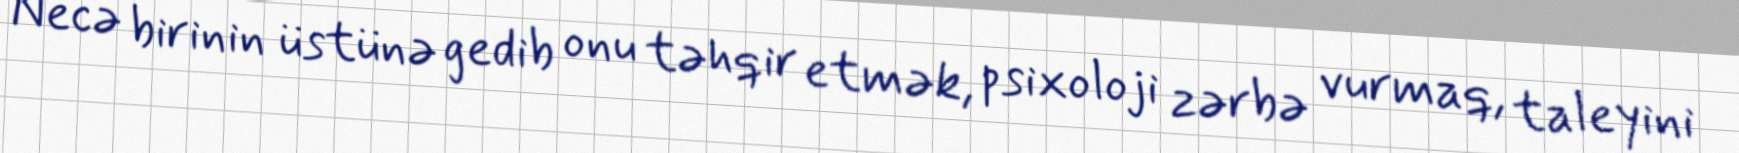
Necə birinin üstünə gedib onu təhqir etmək, psixoloji zərbə vurmaq, taleyini